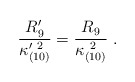
\begin{align*}{R_9^\prime \over \kappa_{(10)}^{\prime\ 2}} ={R_9\over \kappa_{(10)}^{\ 2}}\ .\end{align*}